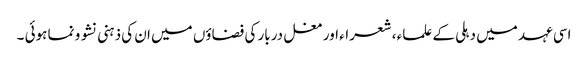
اسی عہد میں دہلی کے علماء ، شعراء اور مغل دربار کی فضاؤں میں ان کی ذہنی نشو و نما ہوئی ۔